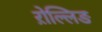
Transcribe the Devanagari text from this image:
ऱोल्लिङ